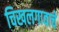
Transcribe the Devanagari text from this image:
चिखलगावाचे